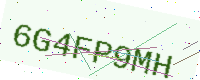
Text: 6G4FP9MH